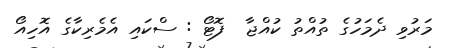
މަރުވި ދެމަހުގެ ތުއްތު ކުއްޖާ  ފޮޓޯ : ސްކައި އެމެރިކާގެ އޮހިއޯ